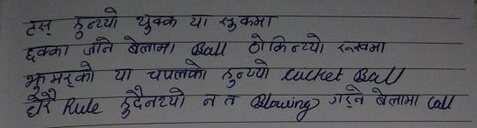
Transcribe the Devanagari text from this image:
टस हुन्थ्यो थुक्क या रुक्कमा
छक्का जाने बेलामा Ball ठोकिन्थ्यो रुखमा
भूमरको या चपलको हुन्थ्यो Cricket Ball
धेरै Rule हुदैनथ्यो न त Blowing गर्ने बेलामा Call